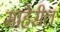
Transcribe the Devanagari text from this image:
माहेरील